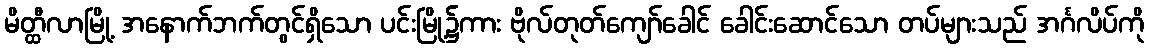
မိတ္ထီလာမြို့ အနောက်ဘက်တွင်ရှိသော ပင်းမြို့၌ကား ဗိုလ်တုတ်ကျော်ခေါင် ခေါင်းဆောင်သော တပ်များသည် အင်္ဂလိပ်ကို